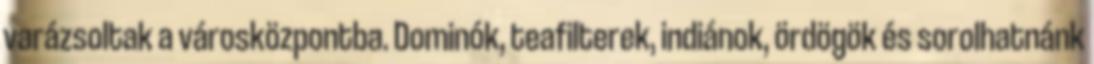
varázsoltak a városközpontba. Dominók, teafilterek, indiánok, ördögök és sorolhatnánk